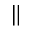
\parallel